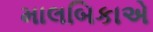
માલબિકાએ